Report on vaccination in Madras 1904-1921 - 1904-1921
Year: 1904
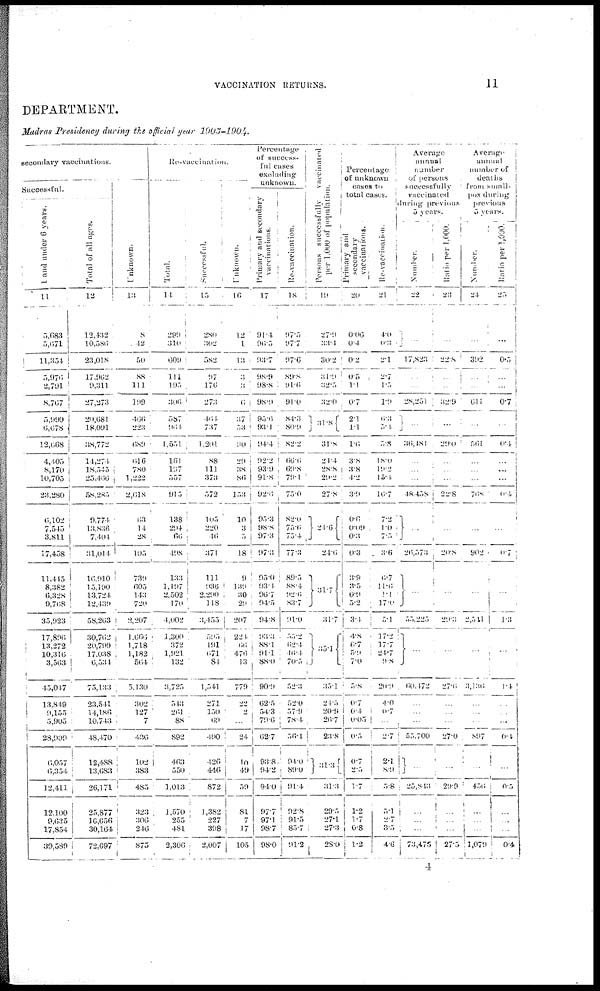
VACCINATION RETURNS.
11
DEPARTMENT.
Madras Presidency during the official year 1903-1904.
secondary vaccinations.
Successful.
1 and under 6 years.
11
5,083
5,671
11,354
5,970
2,791
8,767
5,990
6,678
12,668
4,405
8,170
10,705
23,280
6,102
7,545
3,811
17,458
11,445
8,382
6,328
9,708
35,923
17,896
13,272
10,316
3,563
45,047
13,849
9,153
5,905
28,909
6,057
6,354
12,411
12,100
9,635
17,854
39,589
Total of all ages.
12
12,132
10,586
23,018
17,962
9,311
27,273
20,681
18,091
38,772
14,274
18,545
25,466
58,285
9,774
13,836
7,404
31,014
16,910
15,190
13,724
12,439
58,263
30,762
20,799
17,038
6,534
75,133
23,541
14,186
10,743
48,470
12,488
13,683
26,171
25,877
16,656
30,164
72,697
Unknown.
13
8
42
50
88
111
199
466
223
689
616
780
1,222
2,618
63
14
28
105
739
605
143
720
2,207
1,666
1,718
1,182
564
5.130
302
127
7
436
102
383
485
323
306
246
875
Re-vaccination.
Total.
14
299
310
609
111
195
300
587
964
1,551
161
197
557
915
138
294
66
498
133
1,197
2.502
170
4,002
1,300
372
1,921
132
3,725
543
261
88
892
463
550
1,013
1,570
255
481
2,306
Successful.
15
280
302
582
97
176
273
464
737
1,201
88
111
373
572
105
220
46
371
111
936
2,290
118
3,455
595
191
671
84
1,541
271
150
69
490
426
446
872
1,382
227
398
2,007
Unknown.
16
12
1
13
3
3
6
37
53
30
29
38
86
153
10
3
5
18
9
139
30
29
207
224
66
476
13
779
22
2
...
24
10
49
59
81
7
17
105
Percentage
of success¬
ful cases
excluding
unknown.
Primary and secondary
vaccinations.
17
91.4
96.5
93.7
98.9
98.8
98.9
95.6
93.1
94.4
92.2
93.9
91.8
92.0
95.3
98.8
97.3
97.3
95.0
93.4
96.7
94.5
94.8
93.3
88.1
91.1
88.0
90.9
62.5
54.3
79.6
62.7
93.8
94.2
94.0
97.7
97.1
98.7
98.0
Re-vaccination.
18
97.5
97.7
97.6
89.8
91.6
91.0
84.3
80.9
82.2
66.0
69.8
79.1
75.0
82.0
75.6
75.4
77.3
89.5
88.4
92.6
83.7
91.0
55.2
62.4
46.4
70.5
52.3
52.0
57.9
78.4
56.4
94.0
89.0
91.4
92.8
91.5
85.7
91.2
Persons successfully
vaccinated
per 1,000 of population.
19
27.9
33.4
30.2
31.9
32.5
32.0
31.8
31.8
24.4
28.8
29.2
27.8
24.6
24.0
31.7
31.7
35.1
35.1
24.5
20.9
26.7
23.8
31.3
31.3
29.5
27.1
27.3
28.0
Percentage
of unknown
cases to
total cases.
Primary and
secondary
vaccinations.
20
0.06
0.4
0.2
0.5
1.1
0.7
2.1
1.1
1.6
3.8
3.8
4.2
3.9
0.6
0.09
0.3
0.3
3.9
3.5
0.9
5.2
3.4
4.8
6.7
5.9
7.0
5.8
0.7
0.4
0.05
0.5
0.7
2.5
1.7
1.2
1.7
0.8
1.2
Re-vaccination.
21
4.0
0.3
2.1
2.7
1.5
1.9
6.3
5.1
5.8
18.0
19.2
15.4
16.7
7.2
1.0
7.5
3.6
6.7
11.6
1.1
17.0
5.1
17.2
17.7
24.7
9.8
20.9
4.0
0.7
...
2.7
2.1
8.9
5.8
5.1
2.7
3.5
4.6
Average
annual
number
of persons
successfully
vaccinated
during previous
5 years.
Number.
22
...
17,823
...
...
28,251
...
36,481
...
...
...
48,458
...
26,573
...
55,225
...
60,472
...
...
...
55,700
...
25,843
...
...
...
73,475
Ratio per 1,000.
23
...
22.8
...
...
32.9
...
29.0
...
...
...
22.8
...
20.8
...
29.3
...
27.6
...
...
...
27.0
...
29.9
...
...
...
27.5
Average
annual
number of
deaths
from small-
pox during
previous
5 years.
Number.
24
...
392
...
...
611
...
561
...
...
...
768
...
902
...
2,541
...
3,136
...
...
...
897
...
450
...
...
...
1,079
Ratio per 1,000.
25
...
0.5
...
...
0.7
...
0.4
...
...
...
0.4
...
0.7
...
1.3
...
1.4
...
...
...
0.4
...
0.5
...
...
...
0.4
4